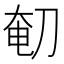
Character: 𰄴